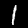
Digit: 1